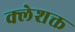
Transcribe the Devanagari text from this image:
क्लेशक्त